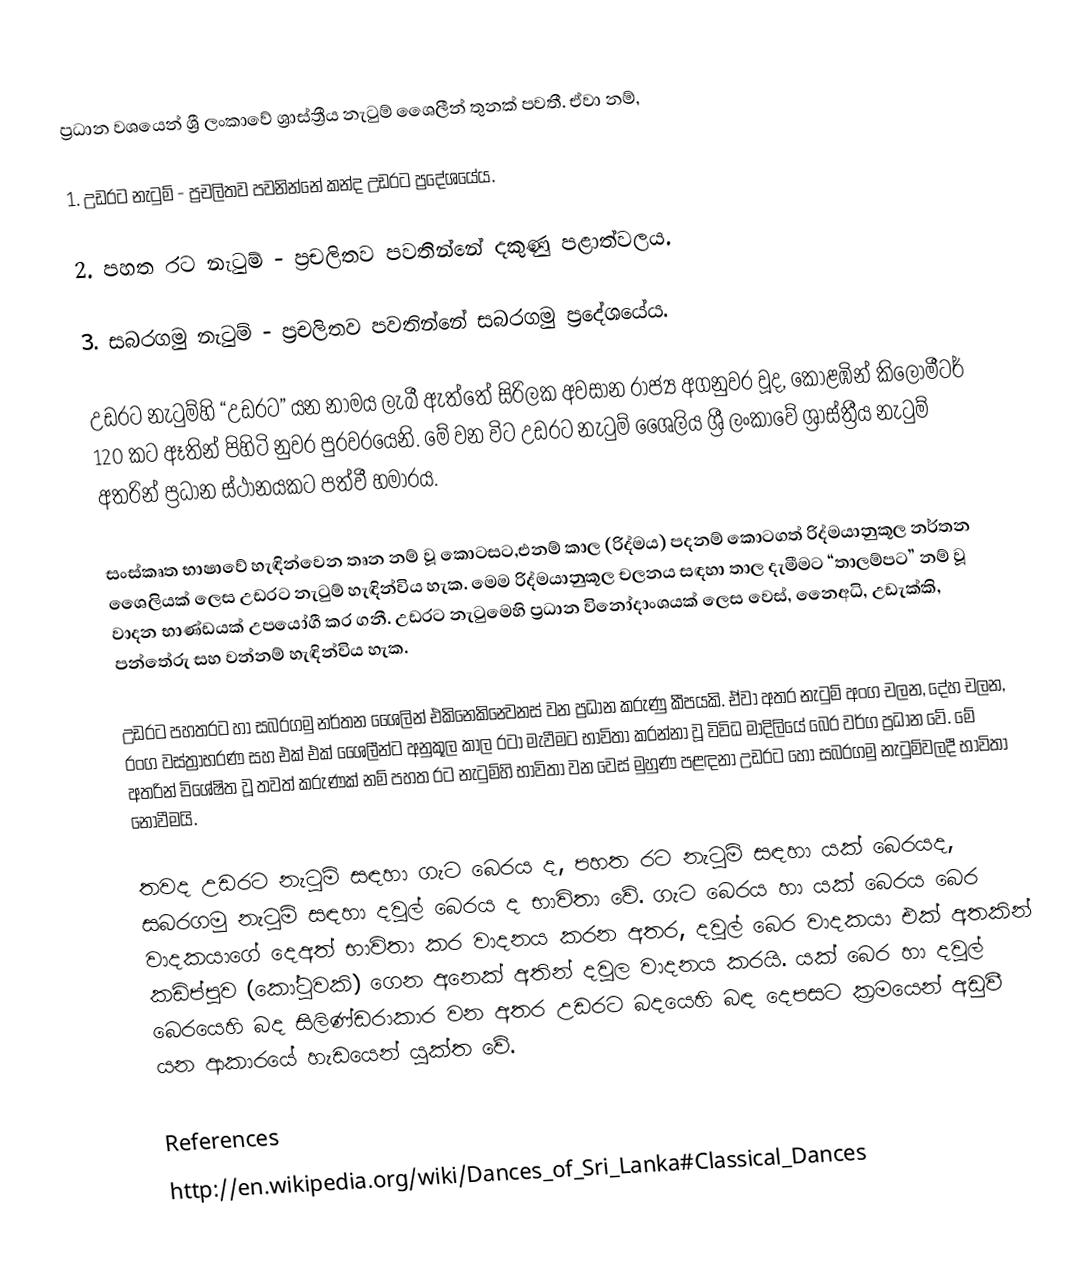
ප්‍රධාන වශයෙන් ශ්‍රී ලංකාවේ ශ්‍රාස්ත්‍රීය නැටුම් ශෛලීන් තුනක් පවතී. ඒවා නම්,

1.	උඩරට නැටුම් - ප්‍රචලිතව පවනින්නේ කන්ද උඩරට ප්‍රදේශයේය.

2.	පහත රට නැටුම් - ප්‍රචලිතව පවතින්නේ දකුණු පළාත්වලය.

3.	සබරගමු නැටුම් - ප්‍රචලිතව පවතින්නේ සබරගමු ප්‍රදේශයේය.

උඩරට නැටුම්හි “උඩරට” යන නාමය ලැබී ඇත්තේ සිරිලක අවසාන රාජ්‍ය අගනුවර වූද, කොළඹින් කිලෝමීටර් 120 කට ඈතින් පිහිටි නුවර පුරවරයෙනි. මේ වන විට උඩරට නැටුම් ශෛලිය ශ්‍රී ලංකාවේ ශ්‍රාස්ත්‍රීය නැටුම් අතරින් ප්‍රධාන ස්ථානයකට පත්වී හමාරය.

සංස්කෘත භාෂාවේ හැඳින්වෙන තෘන නම් වූ කොටසට,එනම් කාල (රිද්මය) පදනම් කොටගත් රිද්මයානුකූල නර්තන ශෛලියක් ලෙස උඩරට නැටුම් හැඳින්විය හැක. මෙම රිද්මයානුකූල චලනය සඳහා තාල දැමීමට “තාලම්පට” නම් වූ වාදන භාණ්ඩයක් උපයෝගී කර ගනී. උඩරට නැටුමෙහි ප්‍රධාන විනෝදාංශයක් ලෙස වෙස්, නෛඅධි, උඩැක්කි, පන්තේරු සහ වන්නම් හැඳින්විය හැක.

උඩරට පහතරට හා සබරගමු නර්තන ශෛලින් එකිනෙකින්‍වෙනස් වන ප්‍රධාන කරුණු කීපයකි. ඒවා අතර නැටුම් අංග චලන, දේහ චලන, රංග වස්ත්‍රාභරණ සහ එක් එක් ශෛලීන්ට අනුකූල කාල රටා මැවීමට භාවිතා කරන්නා වූ විවිධ මාදිලියේ බෙර වර්ග ප්‍රධාන වේ. මේ අතරින් විශේෂිත වූ තවත් කරුණක් නම් පහත රට නැටුම්හි භාවිතා වන වෙස් මුහුණ පළඳනා උඩරට හෝ සබරගමු නැටුම්වලදී භාවිතා නොවීමයි.

තවද උඩරට නැටුම් සඳහා ගැට බෙරය ද, පහත රට නැටුම් සඳහා යක් බෙරයද, සබරගමු නැටුම් සඳහා දවුල් බෙරය ද භාවිතා වේ. ගැට බෙරය හා යක් බෙරය බෙර වාදකයාගේ දෙඅත් භාවිත‍ා කර වාදනය කරන අතර, දවුල් බෙර වාදකයා එක් අතකින් කඩිප්පුව (කෝටුවකි)  ගෙන අනෙක් අතින් දවුල වාදනය කරයි. යක් බෙර හා දවුල් බෙරයෙහි බද සිලිණ්ඩරාකාර වන අතර උඩරට බදයෙහි බඳ දෙපසට ක්‍රමයෙන් අඩුවී යන ආකාරයේ හැඩයෙන් යුක්ත වේ.

References
http://en.wikipedia.org/wiki/Dances_of_Sri_Lanka#Classical_Dances